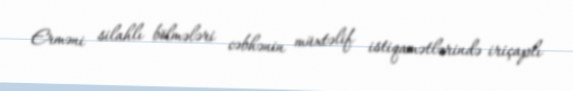
Erməni silahlı bölmələri cəbhənin müxtəlif istiqamətlərində iriçaplı